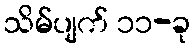
သိမ်ပျက် ၁၁-ခု